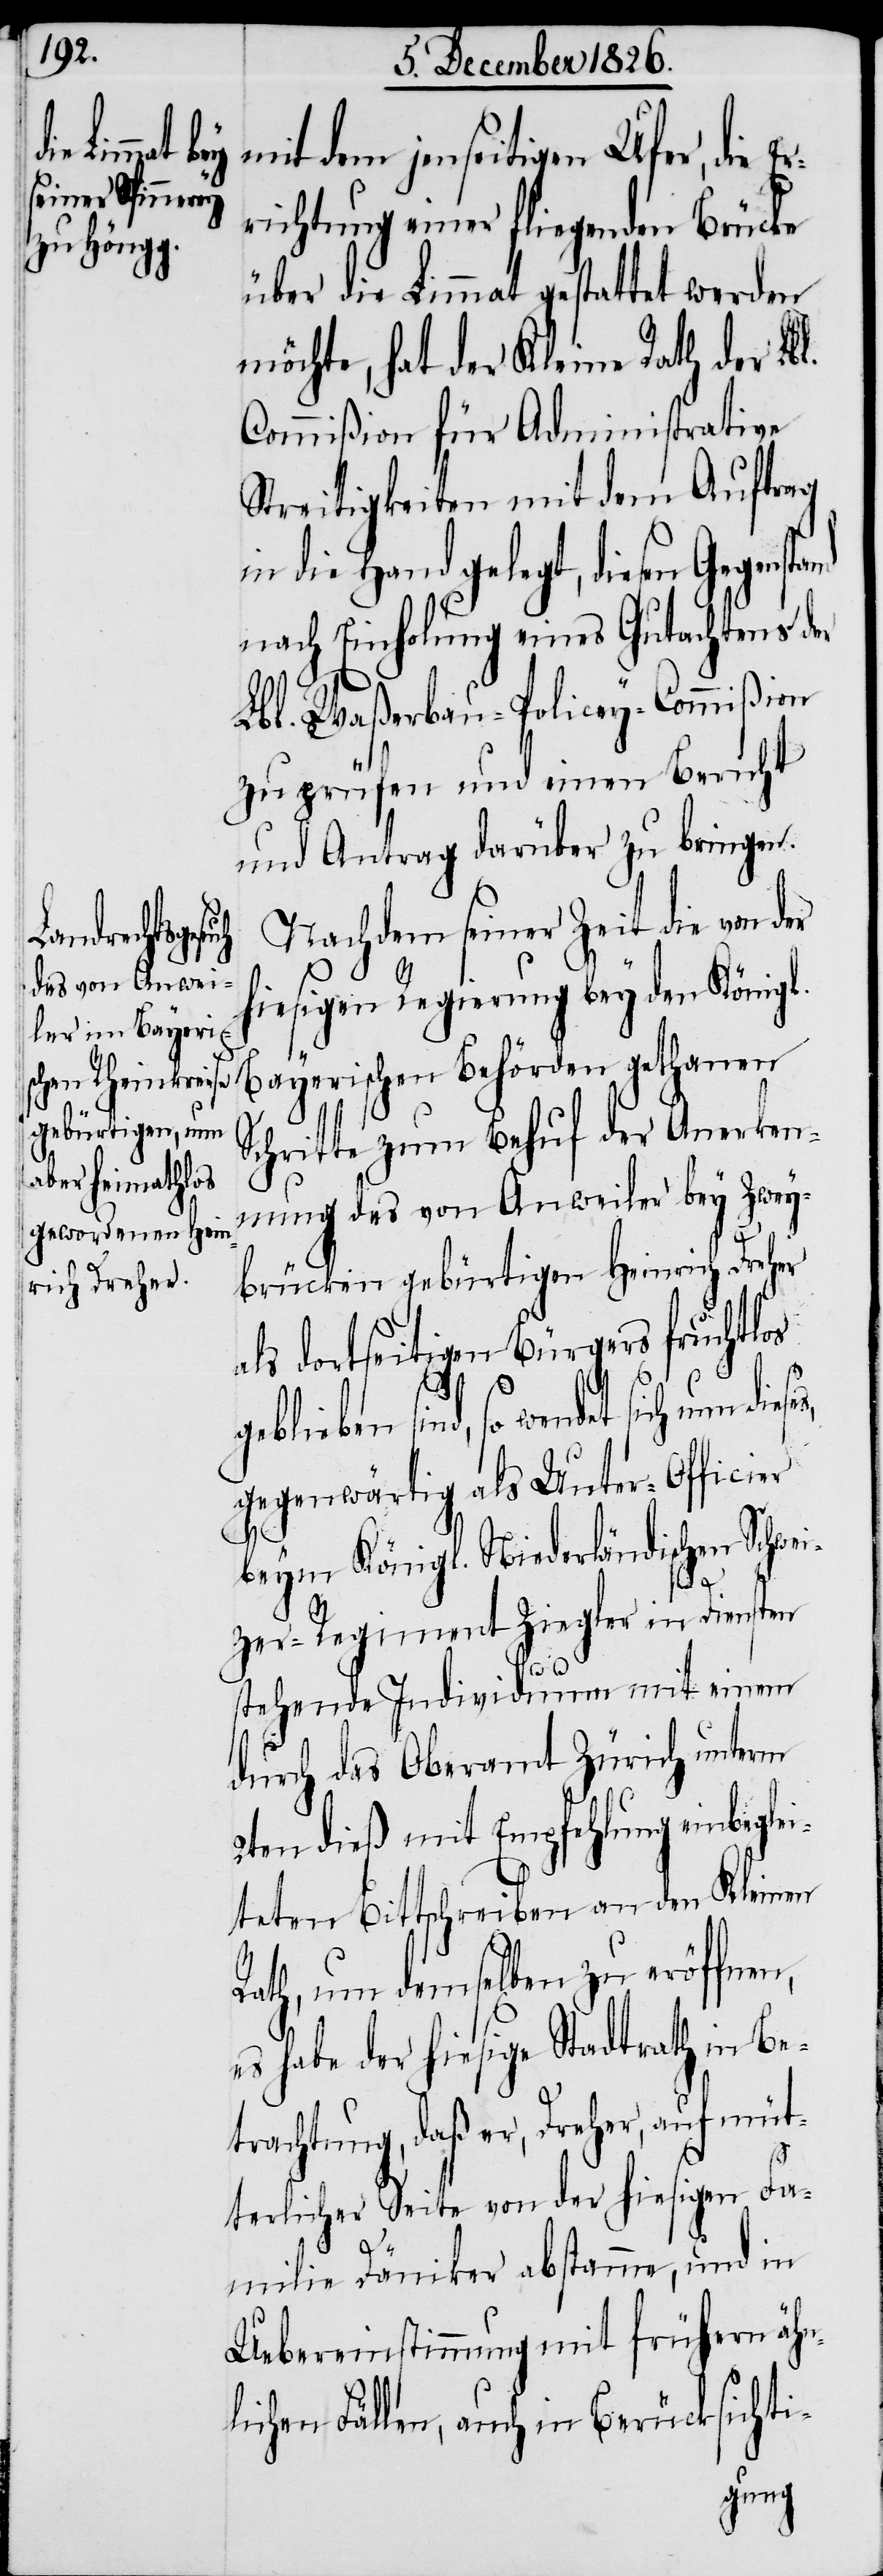
mit dem jenseitigen Ufer, die E¬
richtung einer fliegenden Brücke
über die Limmat gestattet werden
möchte, hat der Kleine Rath der Lbl.
Commißion für Administrative
Streitigkeiten mit dem Auftrag
die Hand gelegt, diesen Gegenst¬
nach Einholung eines Gutachtens der
Lbl. Waßerbau-Policey-Commißion
zu prüfen und einen Bericht
und Antrag darüber zu bringen.
Nachdem seiner Zeit die von der
hiesigen Regierung bey den Königl.
Bayerischen Behörden gethanen
Schritte zum Behuf der Anerken¬
nung des von Anweiler bey Zwey¬
brücken gebürtigen Heinrich Dreher
als dortseitigen Bürgers fruchtlos
geblieben sind, so wendet
gegenwärtig als Unter-Officier
beym Königl. Niederländischen Schwei¬
and
zer-Regiment Ziegler in Diensten
stehende Individuum mit einem
durch das Oberamt Zürich unterm
2ten dieß mit Empfehlung einbeglei¬
teten Bittschreiben an den Kleinen
Rath, um demselben zu eröffnen,
es habe der hiesige Stadtrath in Be¬
trachtung, daß er, Dreher, auf müt¬
terlicher Seite von der hiesigen Fa¬
milie Däniker abstamme, und in
Uebereinstimmung mit frühern ähn¬
lichen Fällen, auch in Berücksichti-